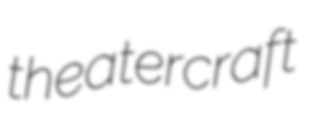
theatercraft